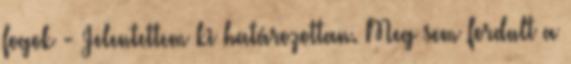
fogok - Jelentettem ki határozottan. Meg sem fordult a